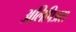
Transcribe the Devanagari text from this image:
अलिपिअस